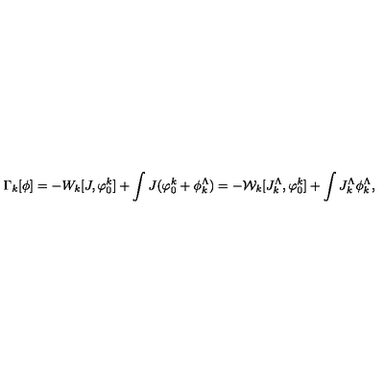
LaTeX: \Gamma _ { k } [ \phi ] = - W _ { k } [ J , \varphi _ { 0 } ^ { k } ] + \int J ( \varphi _ { 0 } ^ { k } + \phi _ { k } ^ { \Lambda } ) = - { \mathcal W } _ { k } [ J _ { k } ^ { \Lambda } , \varphi _ { 0 } ^ { k } ] + \int J _ { k } ^ { \Lambda } \phi _ { k } ^ { \Lambda } ,